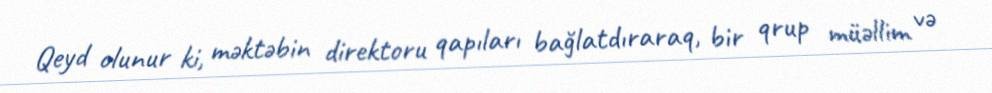
Qeyd olunur ki, məktəbin direktoru qapıları bağlatdıraraq, bir qrup müəllim və